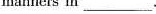
isn't bad manners in